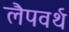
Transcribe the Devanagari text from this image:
लैपवर्थ